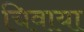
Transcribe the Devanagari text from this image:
चिवाया